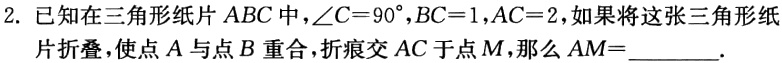
2. 已知在三角形纸片 \(ABC\) 中，\(\angle C = 90^{\circ}\)，\(BC = 1\)，\(AC = 2\)，如果将这张三角形纸片折叠，使点 \(A\) 与点 \(B\) 重合，折痕交 \(AC\) 于点 \(M\)，那么 \(AM=\)  。